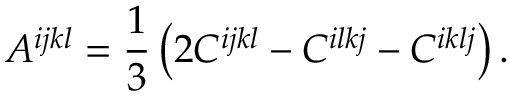
A ^ { i j k l } = \frac 1 3 \left( 2 C ^ { i j k l } - C ^ { i l k j } - C ^ { i k l j } \right) .